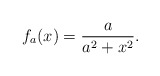
\begin{align*} f_{a}(x)=\dfrac{a}{a^2+x^2}.\end{align*}